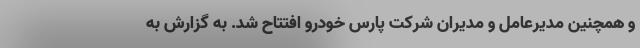
و همچنین مدیرعامل و مدیران شرکت پارس خودرو افتتاح شد. به گزارش به